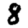
Digit: 8